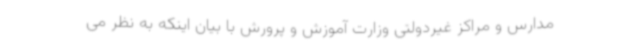
مدارس و مراکز غیردولتی وزارت آموزش و پرورش با بیان اینکه به نظر می